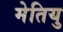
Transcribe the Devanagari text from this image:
मेतियु